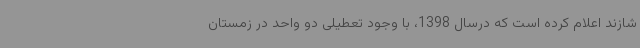
شازند اعلام کرده است که درسال 1398، با وجود تعطیلی دو واحد در زمستان